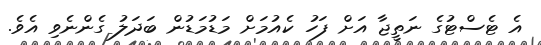
އެ ޓެސްޓުގެ ނަތީޖާ އަށް ފަހު ކެއުމަށް މަޑުމަޑުން ބަދަލު ގެންނެވި އެވެ.